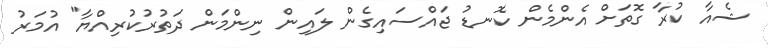
ޝެއާ ކުރާ ގޮތަށް އެންމެން ކޮނޑު ޖައްސައިގެން ލައިން ނިންމަން ދަތުރުކުރިއްޔާ" އުމަރު